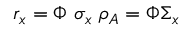
r _ { x } = \Phi \ \sigma _ { x } \ \rho _ { A } = \Phi \Sigma _ { x }